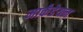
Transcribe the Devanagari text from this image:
मार्कंडेयन